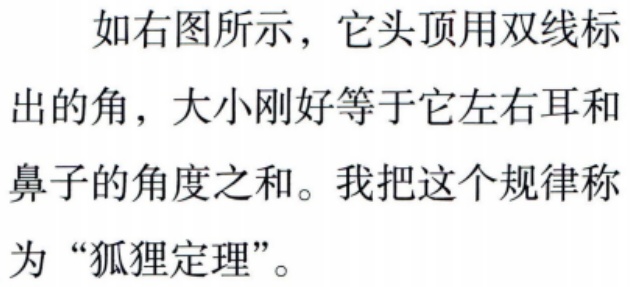
如右图所示，它头顶用双线标
出的角，大小刚好等于它左右耳和
鼻子的角度之和。我把这个规律称
为 “狐狸定理”。